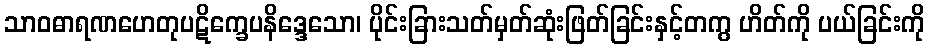
သာဝဓာရဏဟေတုပဋိက္ခေပနိဒ္ဒေသော၊ ပိုင်းခြားသတ်မှတ်ဆုံးဖြတ်ခြင်းနှင့်တကွ ဟိတ်ကို ပယ်ခြင်းကို